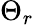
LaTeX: \Theta_{r}